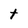
Character: t